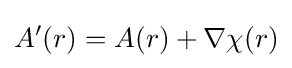
A'(r)=A(r)+\nabla \chi (r)